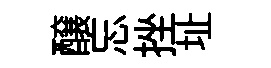
醸忘挫址